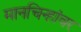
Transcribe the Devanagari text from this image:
मानचिन्हांवर